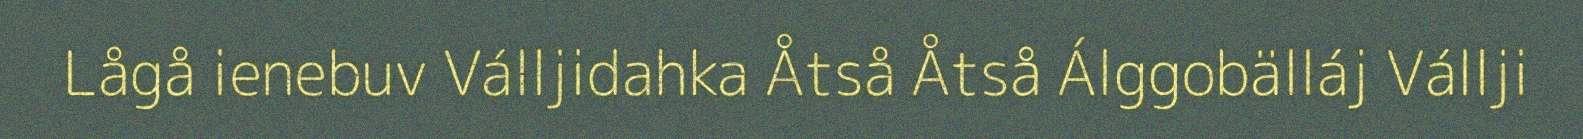
Lågå ienebuv Válljidahka Åtså Åtså Álggobälláj Vállji